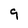
Character: 9